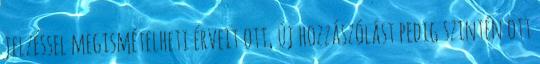
jelzéssel megismételheti érveit ott, új hozzászólást pedig szintén ott